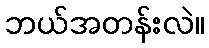
ဘယ်အတန်းလဲ။